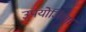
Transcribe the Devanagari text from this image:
उपयोजिला